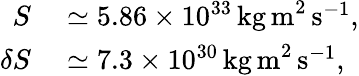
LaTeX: \begin{array}{rl}{S}&{{}\simeq 5.86\times 10^{33}\, \mathrm{kg\, m}^{2}\, \mathrm{s}^{-1},}\\ {\delta S}&{{}\simeq 7.3\times 10^{30}\, \mathrm{kg\, m}^{2}\, \mathrm{s}^{-1},}\end{array}